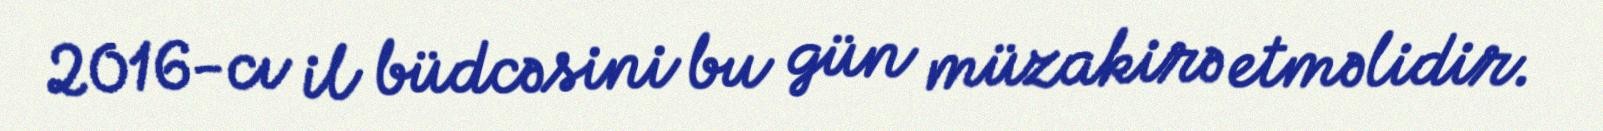
2016-cı il büdcəsini bu gün müzakirə etməlidir.